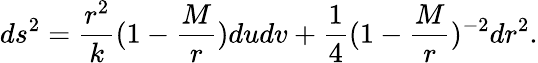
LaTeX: ds^{2}={\frac{r^{2}}{k}}(1-{\frac{M}{r}})dudv+{\frac{1}{4}}(1-{\frac{M}{r}})^{-2}dr^{2}.